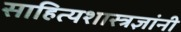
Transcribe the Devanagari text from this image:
साहित्यशास्त्रज्ञांनी